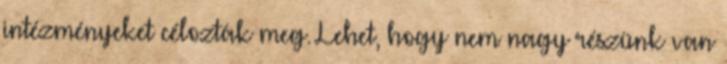
intézményeket célozták meg. Lehet, hogy nem nagy részünk van